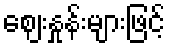
ဈေးနှုန်းများဖြင့်